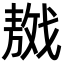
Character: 𢧴